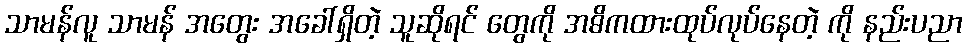
သာမန်လူ သာမန် အတွေး အခေါ်ရှိတဲ့ သူဆိုရင် တွေကို အဓိကထားထုပ်လုပ်နေတဲ့ ကို နည်းပညာ